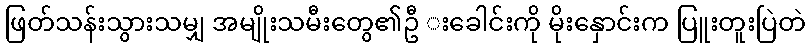
ဖြတ်သန်းသွားသမျှ အမျိုးသမီးတွေ၏ဦ းခေါင်းကို မိုးနှောင်းက ပြူးတူးပြဲတဲ